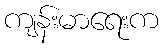
ကျန်းမာရေးက